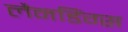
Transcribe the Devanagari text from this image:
लैनडिंग्स